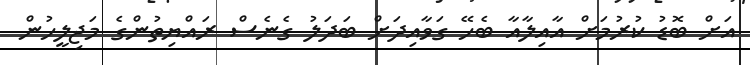
އަށް ބޮޑު ކުރުމަށް އާއިލާއާ ބެހޭ ގަވާއިދަށް ބަދަލު ގެނެސް ރައްޔިތުންގެ މަޖިލީހުން